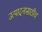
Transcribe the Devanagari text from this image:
उत्पादनासाठीच